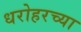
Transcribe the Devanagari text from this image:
धरोहरच्या